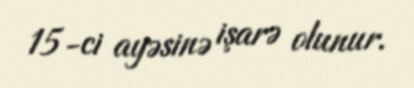
15-ci ayəsinə işarə olunur.